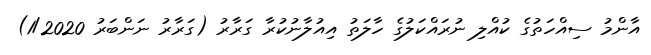
އާންމު ސިއްހަތުގެ ކުއްލި ނުރައްކަލުގެ ހާލަތު އިއުލާނުކުރާ ގަރާރު (ގަރާރު ނަންބަރު 1/2020)